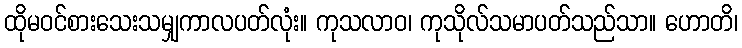
ထိုမဝင်စားသေးသမျှကာလပတ်လုံး။ ကုသလာဝ၊ ကုသိုလ်သမာပတ်သည်သာ။ ဟောတိ၊